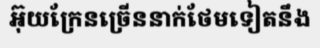
អ៊ុយក្រែនច្រើននាក់ថែមទៀតនឹង